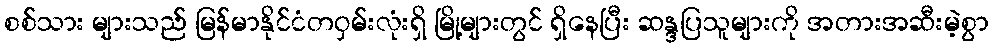
စစ်သား များသည် မြန်မာနိုင်ငံတဝှမ်းလုံးရှိ မြို့များတွင် ရှိနေပြီး ဆန္ဒပြသူများကို အတားအဆီးမဲ့စွာ